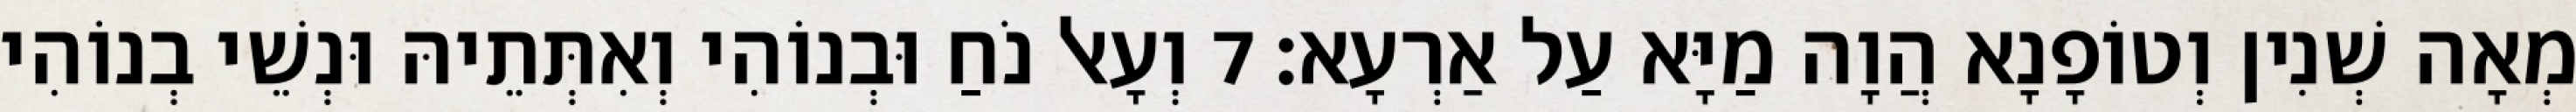
מְאָה שְׁנִין וְטוֹפָנָא הֲוָה מַיָּא עַל אַרְעָא׃ 7 וְעָאל נֹחַ וּבְנוֹהִי וְאִתְּתֵיהּ וּנְשֵׁי בְנוֹהִי